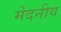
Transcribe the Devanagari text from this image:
मेदनीय